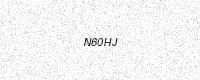
Text: N60HJ